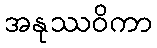
အနုဿဝိကာ